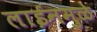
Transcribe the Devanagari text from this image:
लाईनमुळे